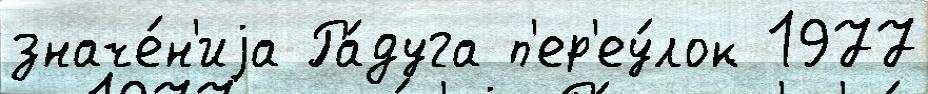
значе́н'иjа Ра́дуга п'ер'еу́лок 1977